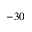
- 3 0